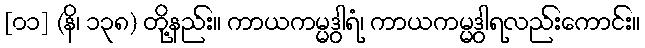
[၀၁] (နိ၊ ၁၃၈) တို့နည်း။ ကာယကမ္မဒွါရံ၊ ကာယကမ္မဒွါရလည်းကောင်း။